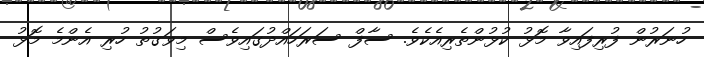
ހުނަރުން ފުރިފައިވާ މޮޅު ކުޅުންތެރިއެކެވެ. ސާފް ސަރަހައްދުގައިވެސް މިވަގުތު ހުރި އެންމެ މޮޅު